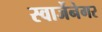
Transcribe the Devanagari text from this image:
स्वार्जेनेगर